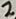
Text: 2